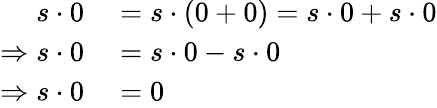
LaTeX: \begin{array}{rl}{s\cdot 0}&{{}=s\cdot(0+0)=s\cdot 0+s\cdot 0}\\ {\Rightarrow s\cdot 0}&{{}=s\cdot 0-s\cdot 0}\\ {\Rightarrow s\cdot 0}&{{}=0}\end{array}